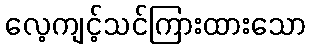
လေ့ကျင့်သင်ကြားထားသော